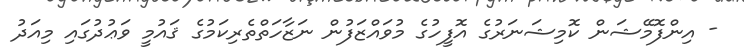
- އިންފޮމޭޝަން ކޮމިޝަނަރުގެ އޮފީހުގެ މުވައްޒަފުން ނަޒާހަތްތެރިކަމުގެ ޤައުމީ ވަޢުދުގައި މިއަދު